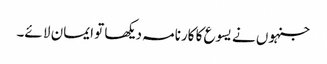
جنہوں نے یسوع کا کارنامہ دیکھا تو ایمان لا ئے۔